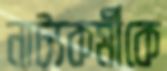
নাট্যকর্মীকে